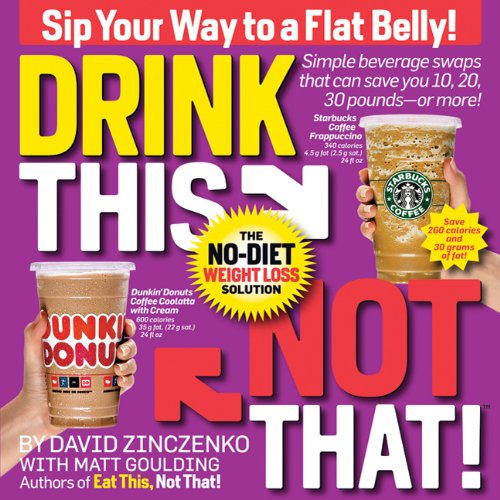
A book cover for Drink This Not That!: The No-Diet Weight Loss Solution; David Zinczenko; Reference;